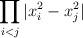
LaTeX: \begin{align*}\displaystyle{\prod_{i<j}|x_{i}^{2} - x_{j}^{2} | }\end{align*}